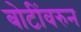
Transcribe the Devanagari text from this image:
बोटींवरुन